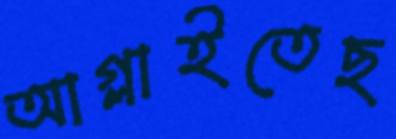
আগ্‌লাইতেছ